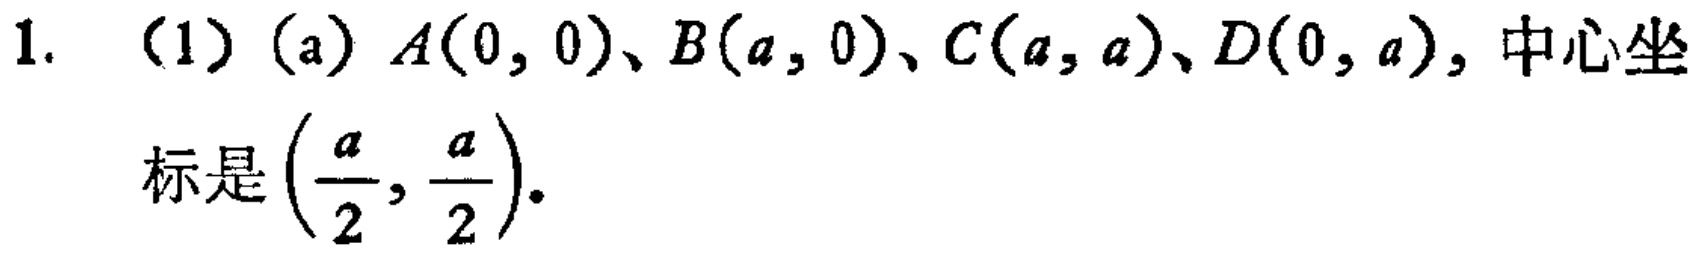
1. （1）(a) \(A(0, 0)\)、\(B(a, 0)\)、\(C(a, a)\)、\(D(0, a)\)，中心坐标是\(\left(\frac{a}{2}, \frac{a}{2}\right)\)。